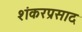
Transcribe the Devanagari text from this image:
शंकरप्रसाद